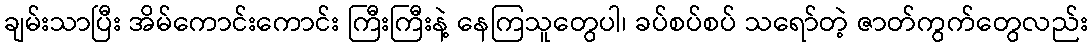
ချမ်းသာပြီး အိမ်ကောင်းကောင်း ကြီးကြီးနဲ့ နေကြသူတွေပါ၊ ခပ်စပ်စပ် သရော်တဲ့ ဇာတ်ကွက်တွေလည်း